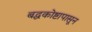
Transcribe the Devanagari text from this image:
बद्धकोष्टापासून